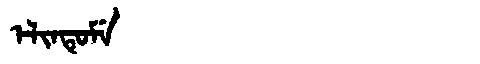
Manchu: ᡝᠯᡳᠨᡨᡠᠮᡝ
Romanization: ELINTUME